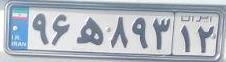
۹۶ه۸۹۳۱۲